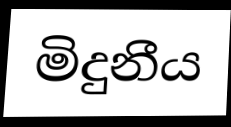
මිදුනීය